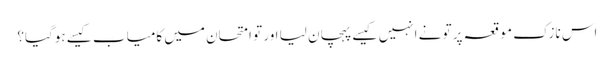
اس نازک موقعہ پر تو نے انہیں کیسے پہچان لیا اور تو امتحان میں کامیاب کیسے ہوگیا؟